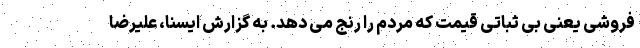
فروشی یعنی بی ثباتی قیمت که مردم را رنج می دهد. به گزارش ایسنا، علیرضا